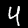
Label: 4